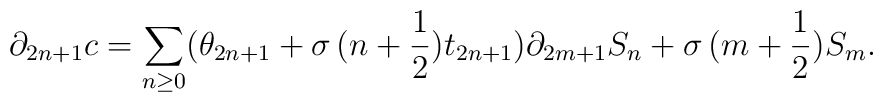
\partial_{2n+1}c=\sum_{n\geq0}(\theta_{2n+1}+\sigma\,(n+\frac{1}{2})t_{2n+1})\partial_{2m+1}S_n+\sigma\,(m+\frac{1}{2})S_m.